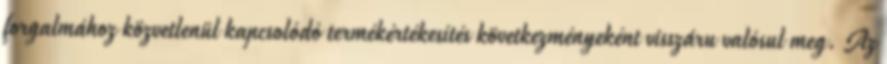
forgalmához közvetlenül kapcsolódó termékértékesítés következményeként visszáru valósul meg. Az